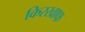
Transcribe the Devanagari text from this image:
किरखाफ